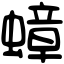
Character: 蟑